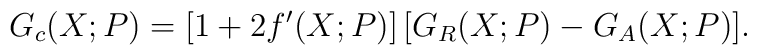
G_c (X; P) = [1 + 2 f' (X; P)] \, [G_R (X; P) - G_A (X; P) ] .